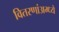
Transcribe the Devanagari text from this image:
वितरणांअम्ध्ये